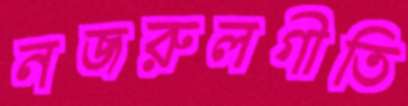
নজরুলগীতি